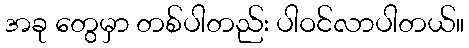
အခု တွေမှာ တစ်ပါတည်း ပါဝင်လာပါတယ်။